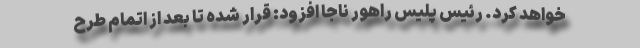
خواهد کرد. رئیس پلیس راهور ناجا افزود: قرار شده تا بعد از اتمام طرح